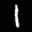
Label: 1